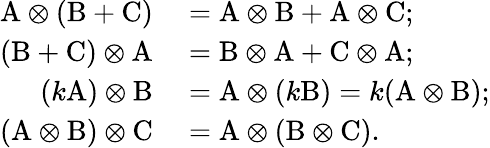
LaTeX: \begin{array}{rl}{\mathrm{A}\otimes(\mathrm{B}+\mathrm{C})}&{{}=\mathrm{A}\otimes\mathrm{B}+\mathrm{A}\otimes\mathrm{C};}\\ {(\mathrm{B}+\mathrm{C})\otimes\mathrm{A}}&{{}=\mathrm{B}\otimes\mathrm{A}+\mathrm{C}\otimes\mathrm{A};}\\ {(k\mathrm{A})\otimes\mathrm{B}}&{{}=\mathrm{A}\otimes(k\mathrm{B})=k(\mathrm{A}\otimes\mathrm{B});}\\ {(\mathrm{A}\otimes\mathrm{B})\otimes\mathrm{C}}&{{}=\mathrm{A}\otimes(\mathrm{B}\otimes\mathrm{C}).}\end{array}